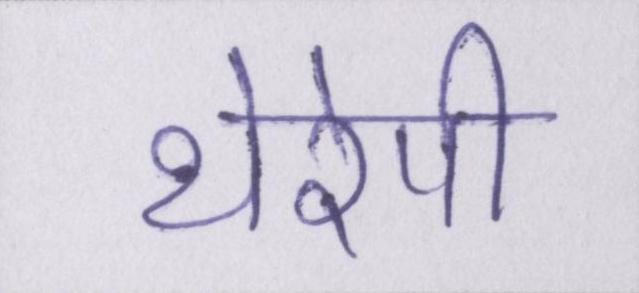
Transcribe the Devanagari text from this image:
थेरेपी